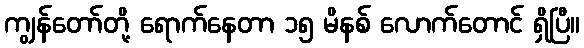
ကျွန်တော်တို့ ရောက်နေတာ ၁၅ မိနစ် လောက်တောင် ရှိပြီ။